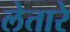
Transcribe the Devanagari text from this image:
लेतारे